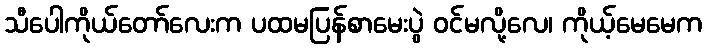
သီပေါကိုယ်တော်လေးက ပထမပြန်စာမေးပွဲ ဝင်မလို့လေ၊ ကိုယ့်မေမေက